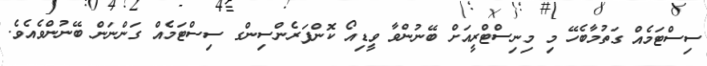
ސިސްޓަމެއް ގަތުމާބެހޭ މި މިނިސްޓްރީއަށް ބޭނުންވާ ވީޑިއޯ ކޮންފަރެންސިންގ ސިސްޓަމެއް ގަންނަން ބޭނުންވެއެވެ.